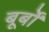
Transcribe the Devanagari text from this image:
बूर्बों